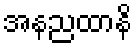
အနညထာနိ